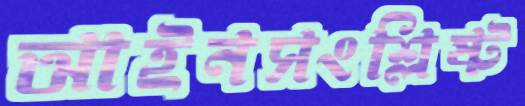
আইনসংশ্লিষ্ট